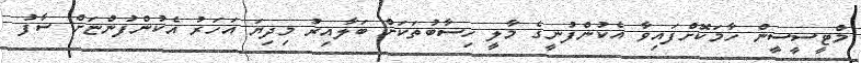
މްޓީސީސީން ހާމަކޮށްފައިވާ އެކުންފުނީގެ މާލީ ހިސާބުތަކަށް ބަލާއިރު މިދިޔަ އަހަރު އެކުންފުންޏަށް ސާފު